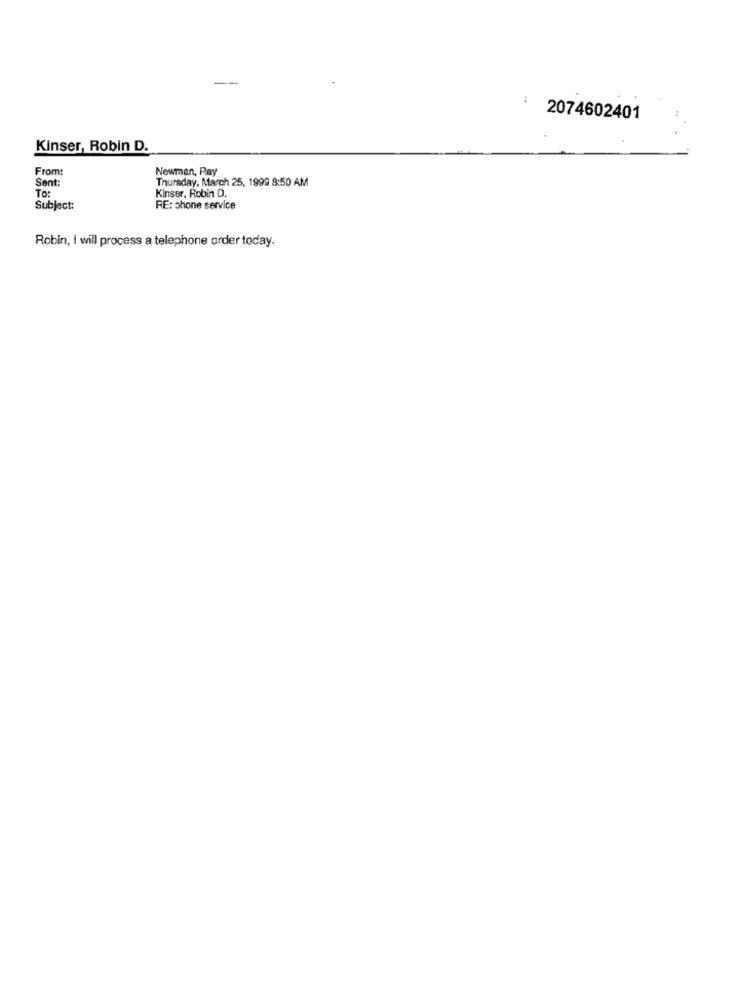
: 2074602401
Kinser, Robin D.
From:
Newman, Pay
Sent:
Thursday, March 25, 1999 8:50 AM
To:
Kinser, Robin D.
Subject:
RE: phone service
Robin, I will process a telephone order today.